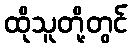
ထိုသူတို့တွင်